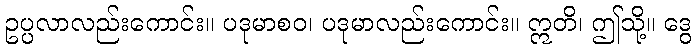
ဥပ္ပလာလည်းကောင်း။ ပဒုမာစဝ၊ ပဒုမာလည်းကောင်း။ ဣတိ၊ ဤသို့။ ဒွေ